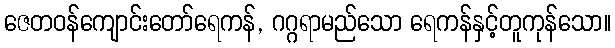
ဇေတဝန်ကျောင်းတော်ရေကန်, ဂဂ္ဂရာမည်သော ရေကန်နှင့်တူကုန်သော။